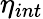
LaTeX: \eta_{int}